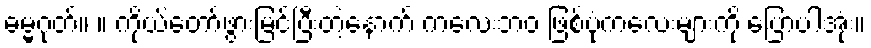
ဓမ္မဂုတ်။ ။ ကိုယ်တော်ဖွားမြင်ပြီးတဲ့နောက် ကလေးဘဝ ဖြစ်ပုံကလေးများကို ပြောပါအုံး။